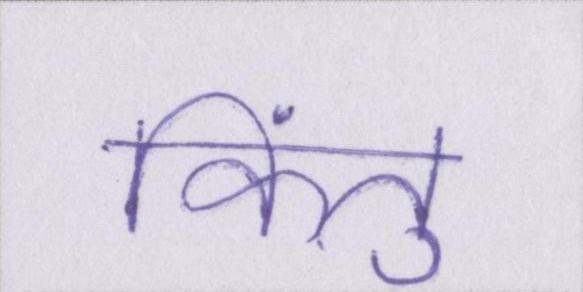
किंतु